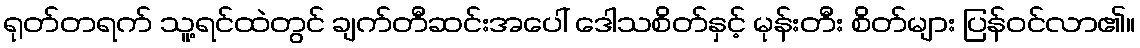
ရုတ်တရက် သူ့ရင်ထဲတွင် ချက်တီဆင်းအပေါ် ဒေါသစိတ်နှင့် မုန်းတီး စိတ်များ ပြန်ဝင်လာ၏။